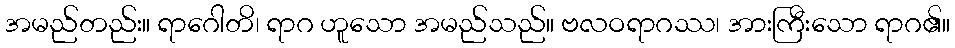
အမည်တည်း။ ရာဂေါတိ၊ ရာဂ ဟူသော အမည်သည်။ ဗလဝရာဂဿ၊ အားကြီးသော ရာဂ၏။